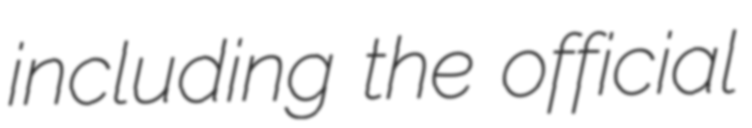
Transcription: including the official